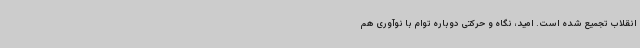
انقلاب تجمیع شده است. امید، نگاه و حرکتی دوباره توام با نوآوری هم